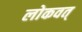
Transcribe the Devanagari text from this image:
लोकवत्